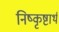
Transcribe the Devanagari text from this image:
निष्कृष्टार्थ